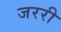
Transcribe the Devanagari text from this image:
जररी